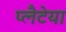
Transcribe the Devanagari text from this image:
प्लैटेया